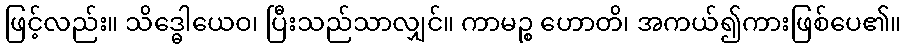
ဖြင့်လည်း။ သိဒ္ဓေါယေဝ၊ ပြီးသည်သာလျှင်။ ကာမဉ္စ ဟောတိ၊ အကယ်၍ကားဖြစ်ပေ၏။